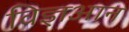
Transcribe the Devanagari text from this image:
विज्ञआन